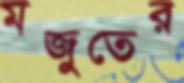
মজুতের